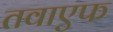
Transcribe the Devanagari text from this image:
तवाएफ